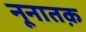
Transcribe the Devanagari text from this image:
नूनातक़